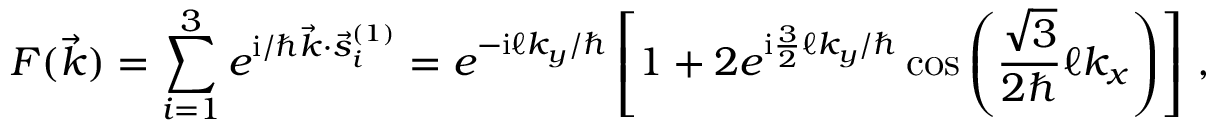
{ \cal F } ( { \vec { k } } ) = \sum _ { i = 1 } ^ { 3 } e ^ { \ensuremath { \mathrm { i } } / \hbar { \vec { k } } \cdot { \vec { s } ^ { ( 1 ) } } _ { i } } = e ^ { - \ensuremath { \mathrm { i } } \ell k _ { y } / \hbar } \left[ 1 + 2 e ^ { \ensuremath { \mathrm { i } } \frac { 3 } { 2 } \ell k _ { y } / \hbar } \cos \left( \frac { \sqrt { 3 } } { 2 \hbar } \ell k _ { x } \right) \right] \, ,